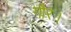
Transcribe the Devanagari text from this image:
गौर।